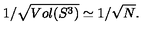
1 / \sqrt { V o l ( S ^ { 3 } ) } \simeq 1 / \sqrt { N } .